Annual statistical returns and brief notes on vaccination in Bengal - 1887-1898
Year: 1887
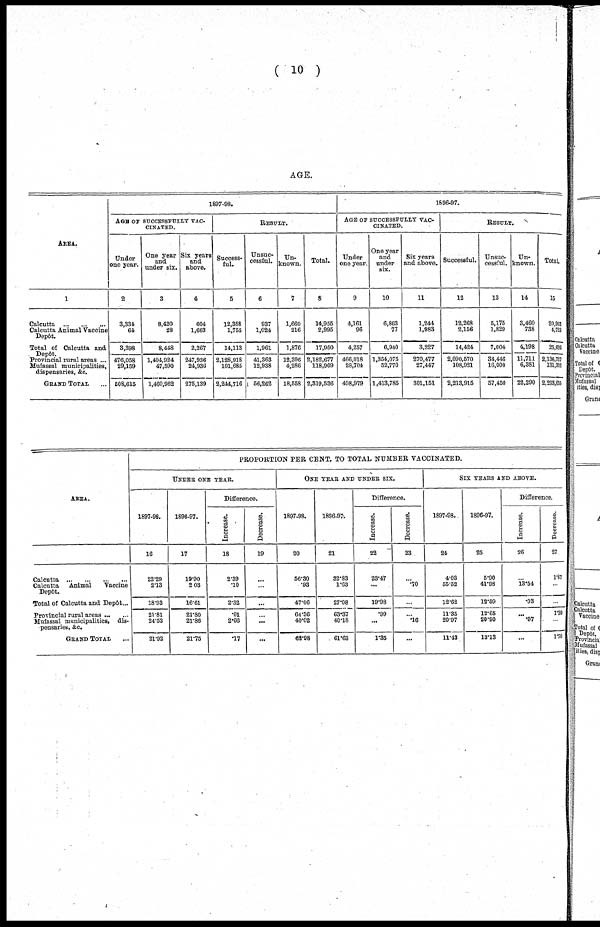
( 10 )
AGE.
AREA.
1
Calcutta ...
...
...
Calcutta Animal Vaccine
Depôt.
Total of Calcutta and
Provincial rural areas ...
Mufassal municipalities,
dispensaries, &c.
GRAND TOTAL ...
1897-98.
AGE OF SUCCESSFULLY VAC-
CINATED.
Under
one year.
2
3,334
64
3,398
476,058
29,159
508,615
One year
and
under six.
3
8,420
28
8,448
1,404,924
47,590
1,460,962
Six years
and
above.
4
604
1,663
2,267
247,936
247,936
275,139
RESULT.
Success-
ful.
5
12,358
1,755
14,113
2,128,918
101,685
2,244,716
Unsuc-
cessful.
6
937
1,024
1,961
41,363
12,938
56,262
Un-
known.
7
1,660
216
1,876
12,396
4,286
18,558
Total.
8
14,955
2,995
17,950
2,182,677
118,909
2,319,536
1896-97.
AGE OF SUCCESSFULLY VAC-
-------.
Under
one year.
9
4,161
96
4,257
466,018
28,704
498,979
One year
and
under
six.
10
6,863
77
6,940
1,354,075
52,770
1,413,785
Six years
and above.
11
1,244
1,983
3,227
270,477
27,447
301,151
RESULT.
Successful.
12
12,268
2,156
14,424
2,090,570
108,921
2,213,915
Unsuc-
cessful.
13
5,175
1,829
7,004
34,446
16,000
57,450
Un-
known.
14
3,460
738
4,198
11,711
6,381
22,290
Total.
15
20,903
4,723
25,628
2,136,727
131,308
2,293,655
AREA.
Calcutta
...
...
...
...
Calcutta Animal
Vaccine
Depôt.
Total of Calcutta and Depôt...
Provincial rural areas
Mufassal municipalities, dis-
pensaries, &c.
GRAND TOTAL
PROPORTION PER CENT. TO TOTAL NUMBER VACCINATED.
UNDER ONE YEAR.
1897-98.
16
22.29
2.13
18.93
21.81
24.52
21.92
1896-97.
17
19.90
2.03
16.61
21.80
21.86
21.75
Difference.
Increase.
18
2.39
.10
2.32
.01
2.66
.17
Decrease.
19
...
...
...
...
...
...
ONE YEAR AND UNDER SIX.
1897-98.
20
56.30
.93
47.06
64.36
40.02
62.98
1896-97.
21
32.83
1.63
27.08
63.37
40.18
61.63
Difference.
Increase.
22
23.47
...
19.98
.99
...
1.35
Decrease.
23
...
.70
...
...
.16
...
SIX YEARS AND ABOVE.
1897-98.
24
4.03
55.52
12.62
11.35
20.97
11.43
1896-97.
25
5.90
41.98
12.59
12.65
20.90
13.13
Difference.
Increase.
26
...
13.54
.03
...
.07
...
Decrease.
27
1.87
...
...
1.30
...
1.70